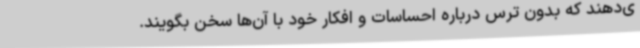
ی‌دهند که بدون ترس درباره احساسات و افکار خود با آن‌ها سخن بگویند.